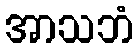
အာသဘံ